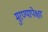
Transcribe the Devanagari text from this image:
मुरण्यापेक्षा